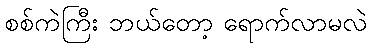
စစ်ကဲကြီး ဘယ်တော့ ရောက်လာမလဲ